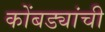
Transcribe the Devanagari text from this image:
कोंबड्यांची